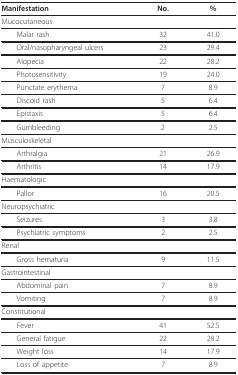
<table><thead><tr><td><b>Manifestation</b></td><td><b>No.</b></td><td><b>%</b></td></tr></thead><tbody><tr><td>Mucocutaneous</td><td></td><td></td></tr><tr><td> Malar rash</td><td>32</td><td>41.0</td></tr><tr><td> Oral/nasopharyngeal ulcers</td><td>23</td><td>29.4</td></tr><tr><td> Alopecia</td><td>22</td><td>28.2</td></tr><tr><td> Photosensitivity</td><td>19</td><td>24.0</td></tr><tr><td> Punctate erythema</td><td>7</td><td>8.9</td></tr><tr><td> Discoid rash</td><td>5</td><td>6.4</td></tr><tr><td> Epistaxis</td><td>5</td><td>6.4</td></tr><tr><td> Gumbleeding</td><td>2</td><td>2.5</td></tr><tr><td>Musculoskeletal</td><td></td><td></td></tr><tr><td> Arthralgia</td><td>21</td><td>26.9</td></tr><tr><td> Arthritis</td><td>14</td><td>17.9</td></tr><tr><td>Haematologic</td><td></td><td></td></tr><tr><td> Pallor</td><td>16</td><td>20.5</td></tr><tr><td>Neuropsychiatric</td><td></td><td></td></tr><tr><td> Seizures</td><td>3</td><td>3.8</td></tr><tr><td> Psychiatric symptoms</td><td>2</td><td>2.5</td></tr><tr><td>Renal</td><td></td><td></td></tr><tr><td> Gross hematuria</td><td>9</td><td>11.5</td></tr><tr><td>Gastrointestinal</td><td></td><td></td></tr><tr><td> Abdominal pain</td><td>7</td><td>8.9</td></tr><tr><td> Vomiting</td><td>7</td><td>8.9</td></tr><tr><td>Constitutional</td><td></td><td></td></tr><tr><td> Fever</td><td>41</td><td>52.5</td></tr><tr><td> General fatigue</td><td>22</td><td>28.2</td></tr><tr><td> Weight loss</td><td>14</td><td>17.9</td></tr><tr><td> Loss of appetite</td><td>7</td><td>8.9</td></tr></tbody></table>